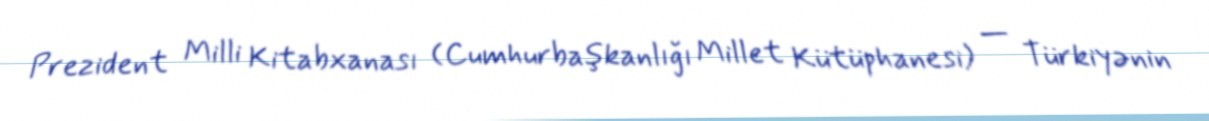
Prezident Milli Kitabxanası (Cumhurbaşkanlığı Millet Kütüphanesi) — Türkiyənin